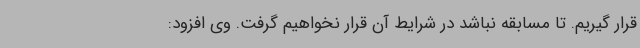
قرار گیریم. تا مسابقه نباشد در شرایط آن قرار نخواهیم گرفت. وی افزود: